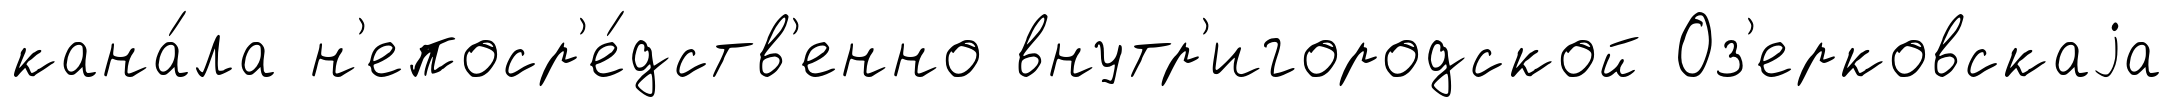
кана́ла н'епоср'е́дств'енно внутр'игородской Оз'ерковскаjа